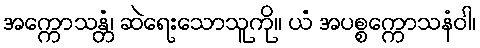
အက္ကောသန္တံ၊ ဆဲရေးသောသူကို။ ယံ အပစ္စက္ကောသနံဝါ၊